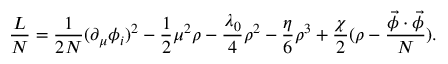
\frac { \cal L } { N } = \frac { 1 } { 2 N } ( \partial _ { \mu } \phi _ { i } ) ^ { 2 } - \frac { 1 } { 2 } \mu ^ { 2 } \rho - \frac { \lambda _ { 0 } } { 4 } \rho ^ { 2 } - \frac { \eta } { 6 } \rho ^ { 3 } + \frac { \chi } { 2 } ( \rho - \frac { \vec { \phi } \cdot \vec { \phi } } { N } ) .